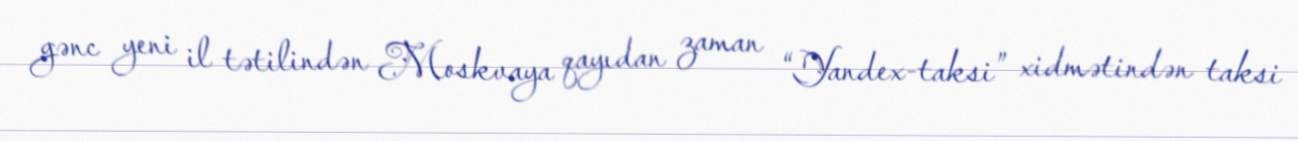
gənc yeni il tətilindən Moskvaya qayıdan zaman “Yandex-taksi” xidmətindən taksi